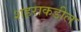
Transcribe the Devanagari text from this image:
शहराकडील